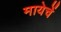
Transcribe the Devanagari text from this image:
मायेचें